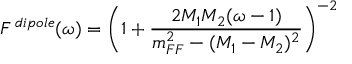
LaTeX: F ^ { \, d i p o l e } ( \omega ) = \left( 1 + \frac { 2 M _ { 1 } M _ { 2 } ( \omega - 1 ) } { m _ { F F } ^ { 2 } - ( M _ { 1 } - M _ { 2 } ) ^ { 2 } } \right) ^ { - 2 }